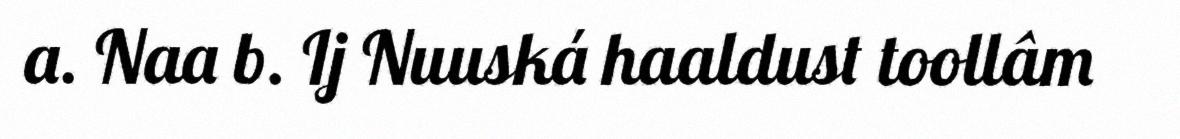
a. Naa b. Ij Nuuská haaldust toollâm